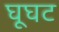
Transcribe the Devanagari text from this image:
घूघट